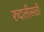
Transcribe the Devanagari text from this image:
रुदालीसाठी